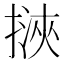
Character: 𢲯